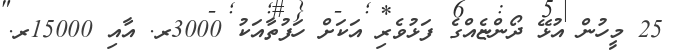
25 މީހުން އުޅޭ ދޯންޏެއްގެ ފަޅުވެރި އަކަށް ހަފުތާއަކު 3000ރ. އާއި 15000ރ.